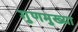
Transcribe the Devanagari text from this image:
गुणमुख्या